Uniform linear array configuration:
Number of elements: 16
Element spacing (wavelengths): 0.5
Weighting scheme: kaiser
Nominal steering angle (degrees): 45
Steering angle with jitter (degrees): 45.974
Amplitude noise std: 0.05
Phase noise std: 0.05

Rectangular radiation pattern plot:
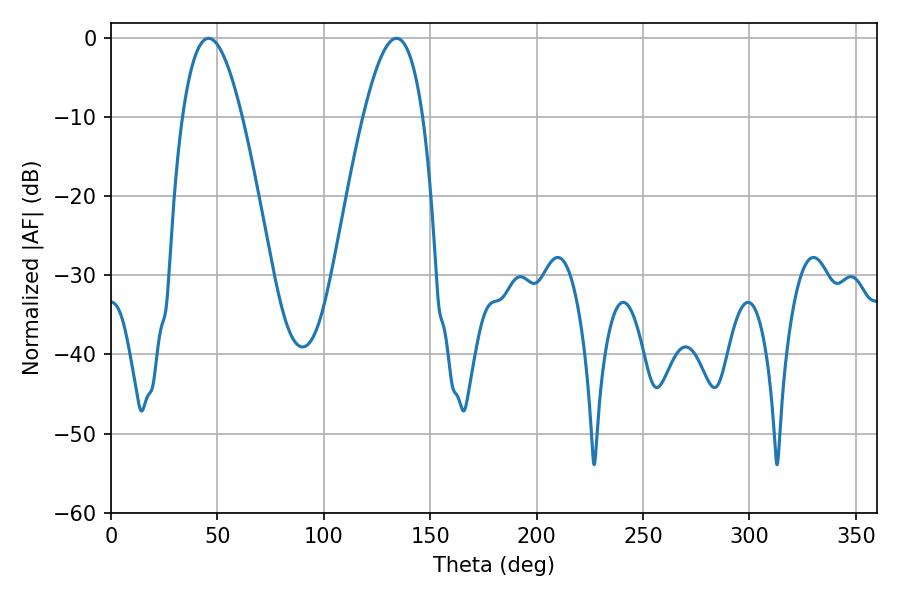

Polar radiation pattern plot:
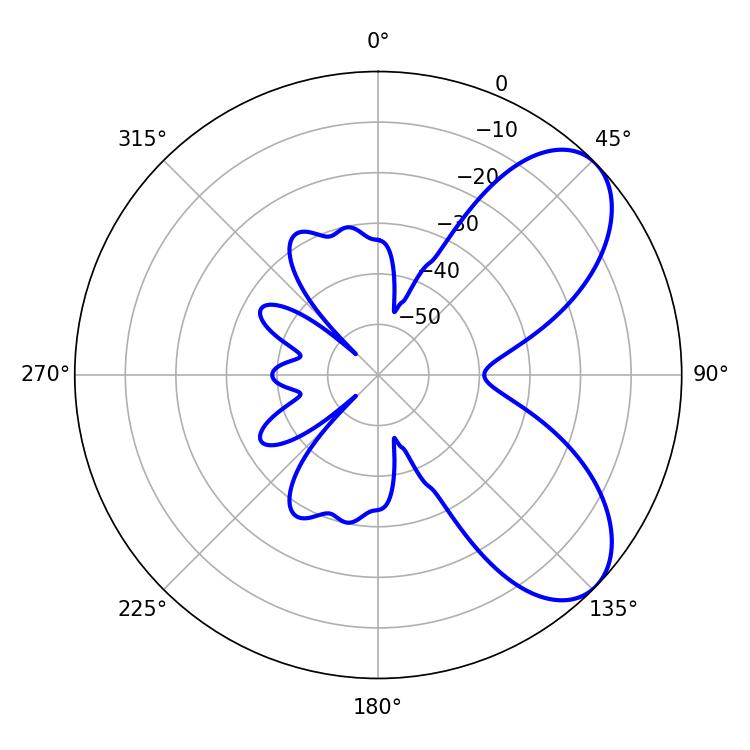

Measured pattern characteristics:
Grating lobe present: FALSE
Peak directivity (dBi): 6.806
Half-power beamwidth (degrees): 15.3
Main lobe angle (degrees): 45.9